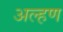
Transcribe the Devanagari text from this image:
अल्हण